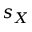
s _ { X }